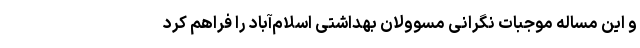
و این مساله موجبات نگرانی مسوولان بهداشتی اسلام‌آباد را فراهم کرد